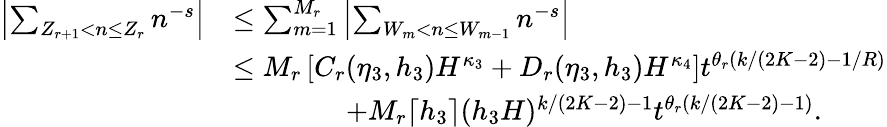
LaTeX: \begin{array}{rl}{\left|\sum_{Z_{r+1}<n\le Z_{r}}n^{-s}\right|}&{\le\sum_{m=1}^{M_{r}}\left|\sum_{W_{m}<n\le W_{m-1}}n^{-s}\right|}\\ &{\le M_{r}\left[C_{r}(\eta_{3},h_{3})H^{\kappa_{3}}+D_{r}(\eta_{3},h_{3})H^{\kappa_{4}}\right]t^{\theta_{r}(k/(2K-2)-1/R)}}\\ &{\qquad\qquad+M_{r}\lceil h_{3}\rceil(h_{3}H)^{k/(2K-2)-1}t^{\theta_{r}(k/(2K-2)-1)}.}\end{array}